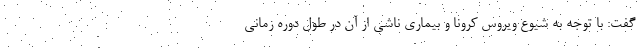
گفت: با توجه به شیوع ویروس کرونا و بیماری ناشی از آن در طول دوره زمانی